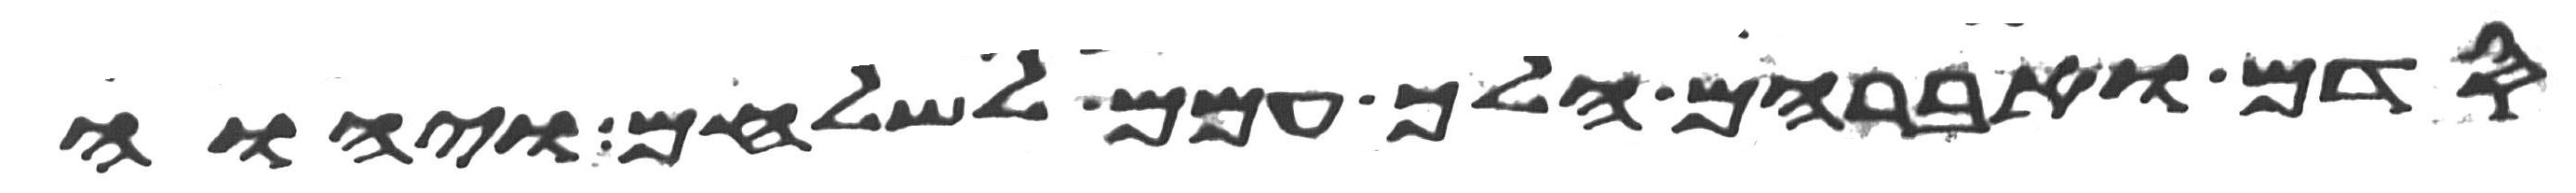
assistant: סדם ואברהם הלך עמם לשלחם ויהוה